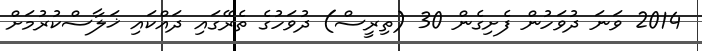
2014 ވަނަ ދުވަހުން ފެށިގެން 30 (ތިރީސް) ދުވަހުގެ ތެރޭގައި ދައްކައި ޚަލާސްކުރުމަށް